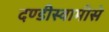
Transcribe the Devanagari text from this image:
दण्डीस्वामीसे